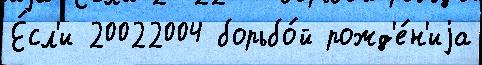
Е́сл'и 20022004 борьбо́й рожд'е́н'иjа